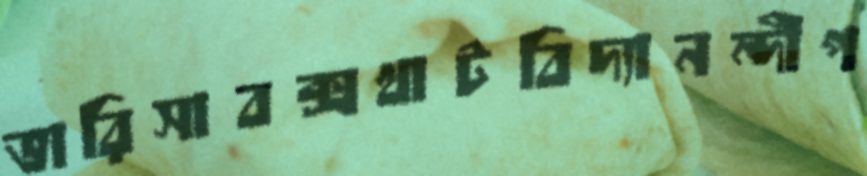
ভারিসাবক্সখাটবিদ্যানন্দীপ